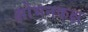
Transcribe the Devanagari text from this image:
क्षोभनकक्ष